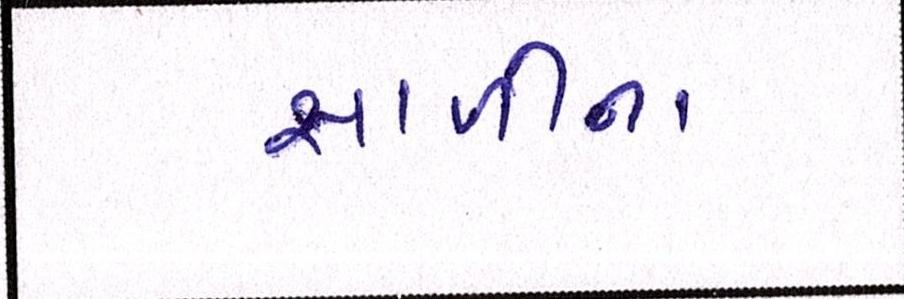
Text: સાળીના